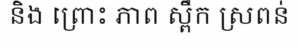
និង ព្រោះ ភាព ស្ពឹក ស្រពន់